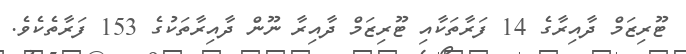
ޓޫރިޒަމް ދާއިރާގެ 14 ފަރާތަކާއި ޓޫރިޒަމް ދާއިރާ ނޫން ދާއިރާތަކުގެ 153 ފަރާތެކެވެ.